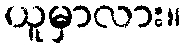
ယူမှာလား။